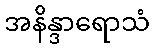
အနိန္ဒာရောသံ